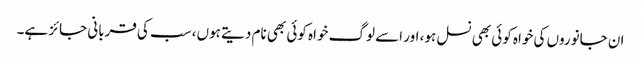
ان جانوروں کی خواہ کوئی بھی نسل ہو، اور اسے لوگ خواہ کوئی بھی نام دیتے ہوں، سب کی قربانی جائز ہے۔